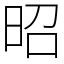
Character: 昭